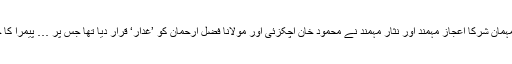
12فروری کو نشر کیے گئے سلیم صافی کے پروگرام ’جرگہ‘ میں مہمان شرکا اعجاز مہمند اور نثار مہمند نے محمود خان اچکزئی اور مولانا فضل ارحمان کو ’غدار‘ قرار دیا تھا جس پر … پیمرا کا جیو پر ایک لاکھ جرمانہ، معافی مانگنے کا حکم پڑھنا جاری رکھیں